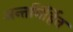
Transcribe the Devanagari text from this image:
अन्तर्निर्हित